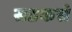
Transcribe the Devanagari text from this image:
सडकसे